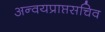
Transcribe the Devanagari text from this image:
अन्वयप्राप्तसचिव